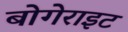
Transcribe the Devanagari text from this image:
बोगेराइट